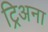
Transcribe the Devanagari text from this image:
ट्रिअना